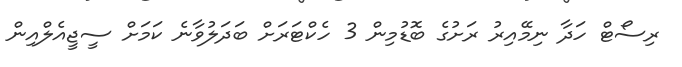
ރިސޯޓް ހަދާ ނިމޭއިރު ރަށުގެ ބޮޑުމިން 3 ހެކްޓަރަށް ބަދަލުވާނެ ކަމަށް ސީޖީއެލްއިން